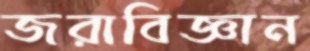
জরাবিজ্ঞান